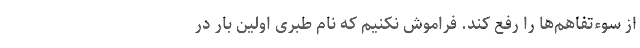
از سوءتفاهم‌ها را رفع کند. فراموش نکنیم که نام طبری اولین بار در